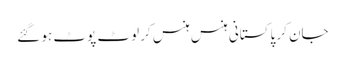
جان کر پاکستانی ہنس ہنس کر لوٹ پوٹ ہو گئے